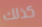
كذلك